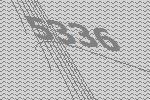
5336